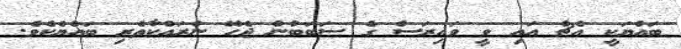
ބައްޔަކީ އެޗް އައި ވީ ވައިރަސް ގެ ސަބަބުން ޖެހޭ ނުރައްކާތެރި ބައްޔެކެވެ.